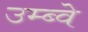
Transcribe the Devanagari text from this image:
उम्ब्वे